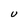
Character: U